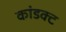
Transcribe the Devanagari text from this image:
कांडक्ट